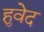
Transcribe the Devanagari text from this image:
हुवेद